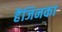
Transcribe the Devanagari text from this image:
हैंजिनका